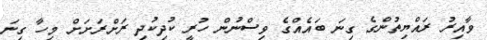
ވާއިރު ރައްޔިތުންގެ ގިނަ ބައެއްގެ ވިސްނުން ހުރީ ކުދިކުދި ރަށްރަށަށް މިހާ ގިނަ